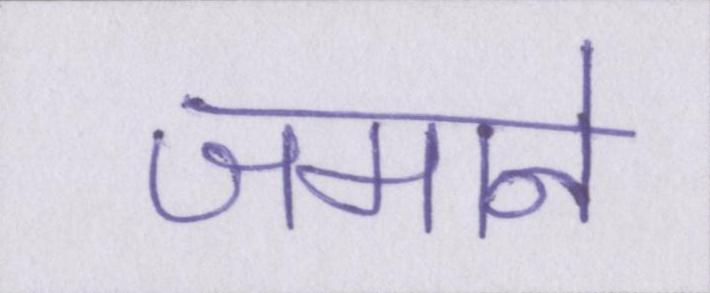
जमाने